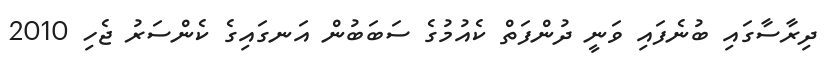
ދިރާސާގައި ބުނެފައި ވަނީ ދުންފަތް ކެއުމުގެ ސަބަބުން އަނގައިގެ ކެންސަރު ޖެހި 2010